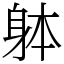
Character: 躰